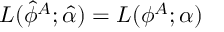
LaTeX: L ( \hat { \phi } ^ { A } ; \hat { \alpha } ) = L ( \phi ^ { A } ; \alpha )